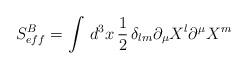
LaTeX: \begin{align*}S_{eff}^{B}= \int\, d^{3}x \, \frac{1}{2}\, \delta_{lm} \partial_{\mu} X^{l}\partial^{\mu} X^{m} \end{align*}